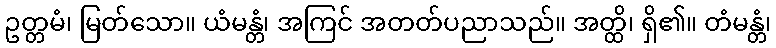
ဥတ္တမံ၊ မြတ်သော။ ယံမန္တံ၊ အကြင် အတတ်ပညာသည်။ အတ္ထိ၊ ရှိ၏။ တံမန္တံ၊